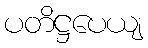
ပတိဋ္ဌပေယျ